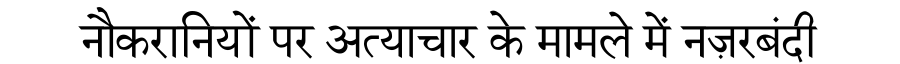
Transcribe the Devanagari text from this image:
नौकरानियों पर अत्याचार के मामले में नज़रबंदी